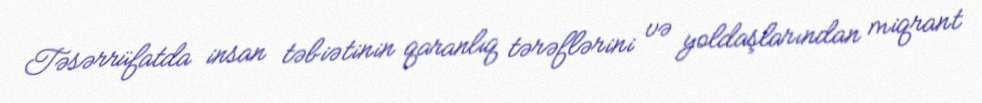
Təsərrüfatda insan təbiətinin qaranlıq tərəflərini və yoldaşlarından miqrant